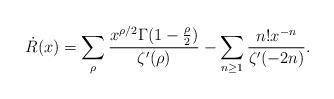
LaTeX: \begin{align*}\dot{R}(x)=\sum_{\rho}\frac{x^{\rho/2}\Gamma(1-\frac{\rho}{2})}{\zeta'(\rho)}-\sum_{n\ge1}\frac{n!x^{-n}}{\zeta'(-2n)}.\end{align*}